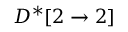
D ^ { * } [ 2 \rightarrow 2 ]